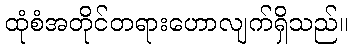
ထုံစံအတိုင်တရားဟောလျက်ရှိသည်။